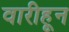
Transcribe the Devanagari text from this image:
वारीहून